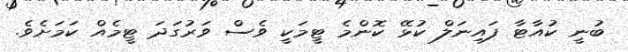
ބުނީ ކުއާޓާ ފައިނަލް ކުޅޭ ކޮންމެ ޓީމަކީ ވެސް ވަރުގަދަ ޓީމެއް ކަމަށެވެ.